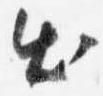
出